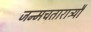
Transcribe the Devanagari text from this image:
जन्मचतारात्र्यौ